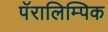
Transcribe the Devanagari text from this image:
पॅरालिम्पिक